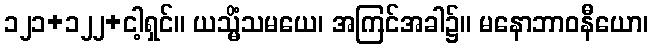
၁၂၁+၁၂၂+ငါ့ရှင်။ ယသ္မိံသမယေ၊ အကြင်အခါ၌။ မနောဘာဝနီယော၊